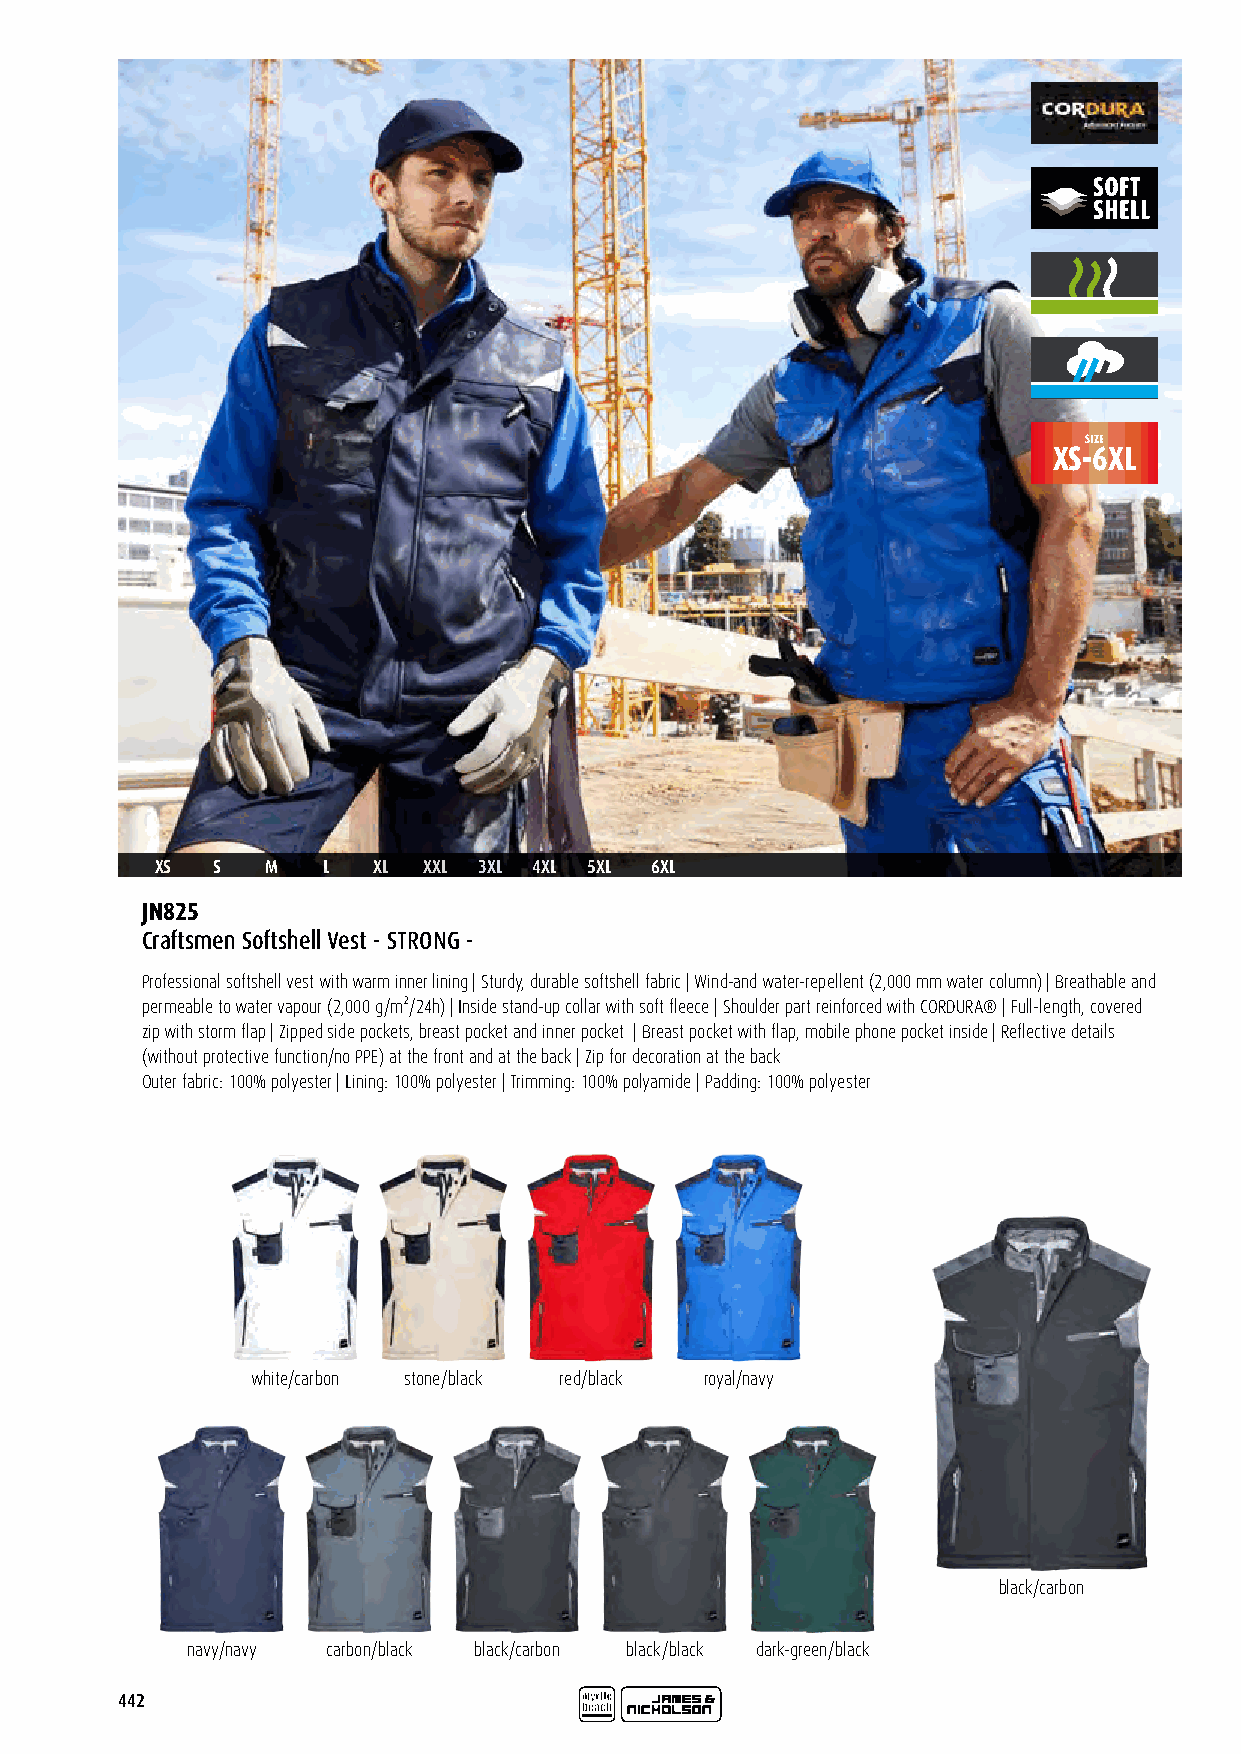
SIZE
 XS-6XL
 XS  S   M  L   XL XXL 3XL 4XL 5XL 6XL
 JN825
 Craftsmen Softshell Vest - STRONG -
 Professional softshell vest with warm inner lining | Sturdy, durable softshell fabric | Wind-and water-repellent (2,000 mm water column) | Breathable and
 permeable to water vapour (2,000 g/m²/24h) | Inside stand-up collar with soft fleece | Shoulder part reinforced with CORDURA® | Full-length, covered
 zip with storm flap | Zipped side pockets, breast pocket and inner pocket | Breast pocket with flap, mobile phone pocket inside | Reflective details
 (without protective function/no PPE) at the front and at the back | Zip for decoration at the back
 Outer fabric: 100% polyester | Lining: 100% polyester | Trimming: 100% polyamide | Padding: 100% polyester
 white/carbon stone/black red/black royal/navy
 black/carbon
 navy/navy carbon/black black/carbon black/black dark-green/black
 442